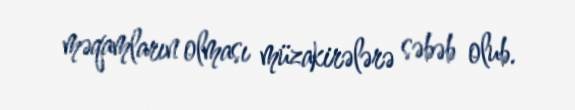
məqamların olması müzakirələrə səbəb olub.